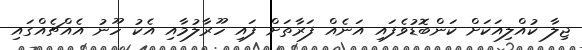
ޖިލާ ކުއްލިއަކަށް ކަންބޮޑުވެފައި އަނެއް ފަރާތަށް ފައި ހޫރާލުމާއި އެކު ހޫނު އެއްޗެއްގައި